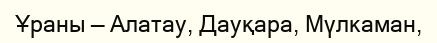
Ұраны — Алатау, Дауқара, Мүлкаман,